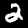
Label: 2